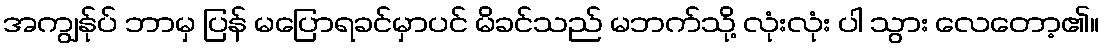
အကျွန်ုပ် ဘာမှ ပြန် မပြောရခင်မှာပင် မိခင်သည် မဘက်သို့ လုံးလုံး ပါ သွား လေတော့၏။